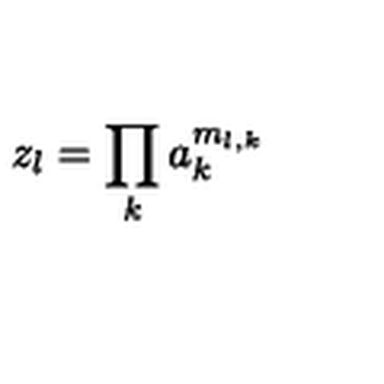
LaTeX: z _ { l } = \prod _ { k } a _ { k } ^ { m _ { l , k } }